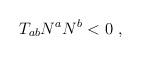
LaTeX: \begin{align*} T_{ab}N^a N^b <0 \ ,\end{align*}